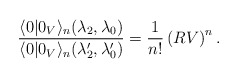
\begin{align*}\frac{\langle 0|0_V\rangle_n (\lambda_2,\lambda_0)}{\langle 0|0_V\rangle_n({\lambda}^{\prime}_2,{\lambda}^{\prime}_0)} =\frac{1}{n!}\left(RV\right)^n .\end{align*}